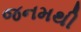
જનમથી